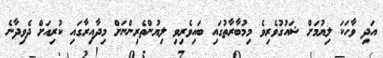
އަދި ވާހަކަ ލިޔުމަށް ޝައުގުވެރިވެ މިމުބާރާތުގައި ބައިވެރިވި ލިޔުންތެރިންނަށް މިދާއިރާގައި ކުރިއަށް ދެވިދާނެ